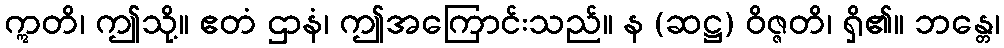
ဣတိ၊ ဤသို့။ ဧတံ ဌာနံ၊ ဤအကြောင်းသည်။ န (ဆဋ္ဌ) ဝိဇ္ဇတိ၊ ရှိ၏။ ဘန္တေ၊